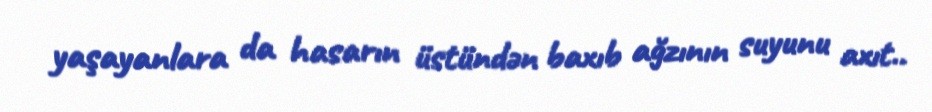
yaşayanlara da hasarın üstündən baxıb ağzının suyunu axıt..